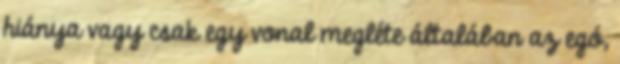
hiánya vagy csak egy vonal megléte általában az egó,